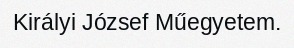
Királyi József Műegyetem.